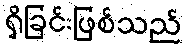
ရှိခြင်းဖြစ်သည်